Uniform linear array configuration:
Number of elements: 4
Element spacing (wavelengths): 0.5
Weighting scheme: kaiser
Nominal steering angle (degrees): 0
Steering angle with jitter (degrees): -0.6228
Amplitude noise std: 0.05
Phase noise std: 0.05

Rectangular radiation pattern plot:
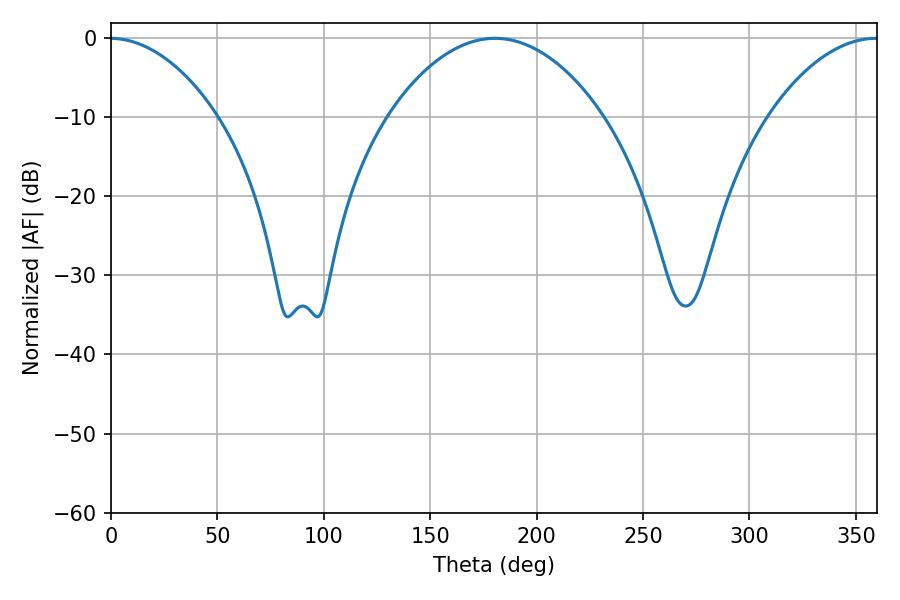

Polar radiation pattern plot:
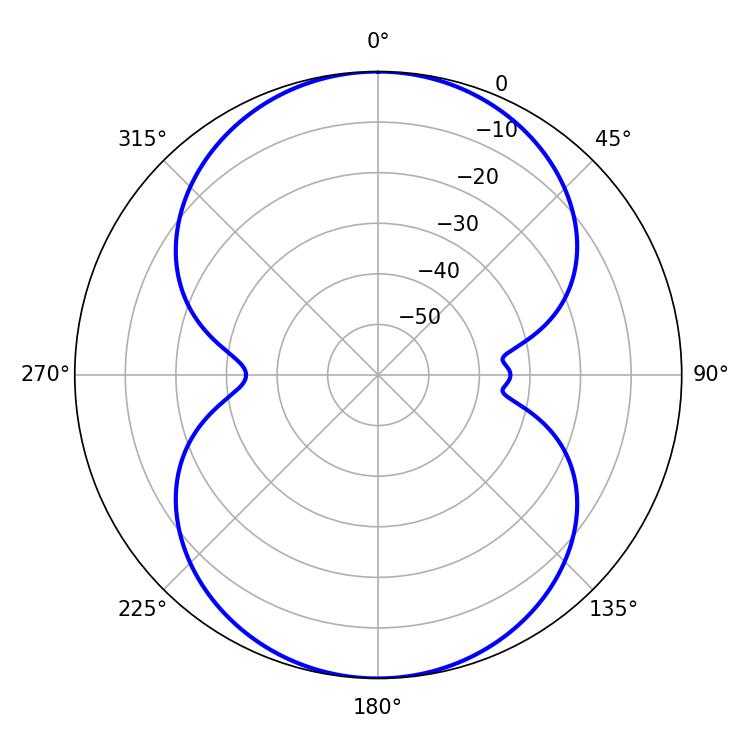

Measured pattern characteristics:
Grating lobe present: FALSE
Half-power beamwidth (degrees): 56.34
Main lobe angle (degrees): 180.36